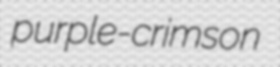
purple-crimson